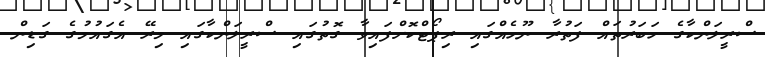
ސްރީލަންކާގެ ހަބަރުތައް ފަތުރާ ނޫހެއްގައި ރިޕޯޓްކޮށްފައިވާ ގޮތުގައި ސްރީލަންކާގައި މިރޭ އެގައުމުގެ ގަޑިން